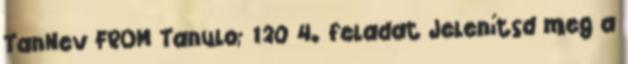
TanNev FROM Tanulo; 120 4. feladat Jelenítsd meg a